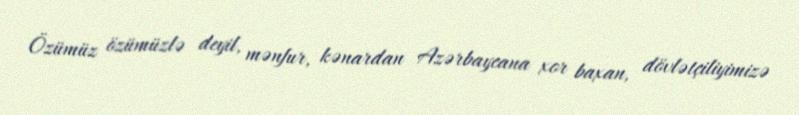
Özümüz özümüzlə deyil, mənfur, kənardan Azərbaycana xor baxan, dövlətçiliyimizə